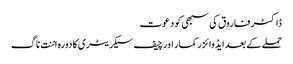
ڈاکٹر فاروق کی سبھی کو دعوت
حملے کے بعدایڈوائزر کمار اور چیف سیکریٹری کا دورہ اننت ناگ